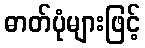
ဓာတ်ပုံများဖြင့်